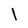
Character: l